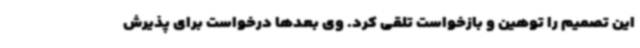
این تصمیم را توهین و بازخواست تلقی کرد. وی بعدها درخواست برای پذیرش